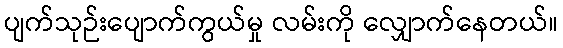
ပျက်သုဉ်းပျောက်ကွယ်မှု လမ်းကို လျှောက်နေတယ်။